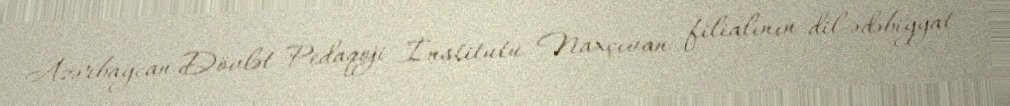
Azərbaycan Dövlət Pedaqoji İnstitutu Naxçıvan filialının dil-ədəbiyyat